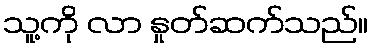
သူ့ကို လာ နှုတ်ဆက်သည်။